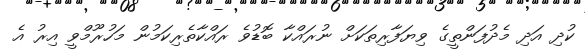
ކުދި އަދި މެދުފަންތީގެ ވިޔަފާރިތަކަށް ނުރައްކާ ބޮޑުވެ ރައްކާތެރިކަމުން މަހުރޫމްވީ އިރު އެ